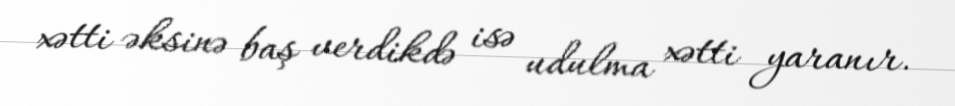
xətti əksinə baş verdikdə isə udulma xətti yaranır.